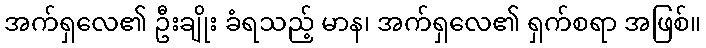
အက်ရှလေ၏ ဦးချိုး ခံရသည့် မာန၊ အက်ရှလေ၏ ရှက်စရာ အဖြစ်။